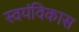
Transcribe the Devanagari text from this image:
स्वयंविकास